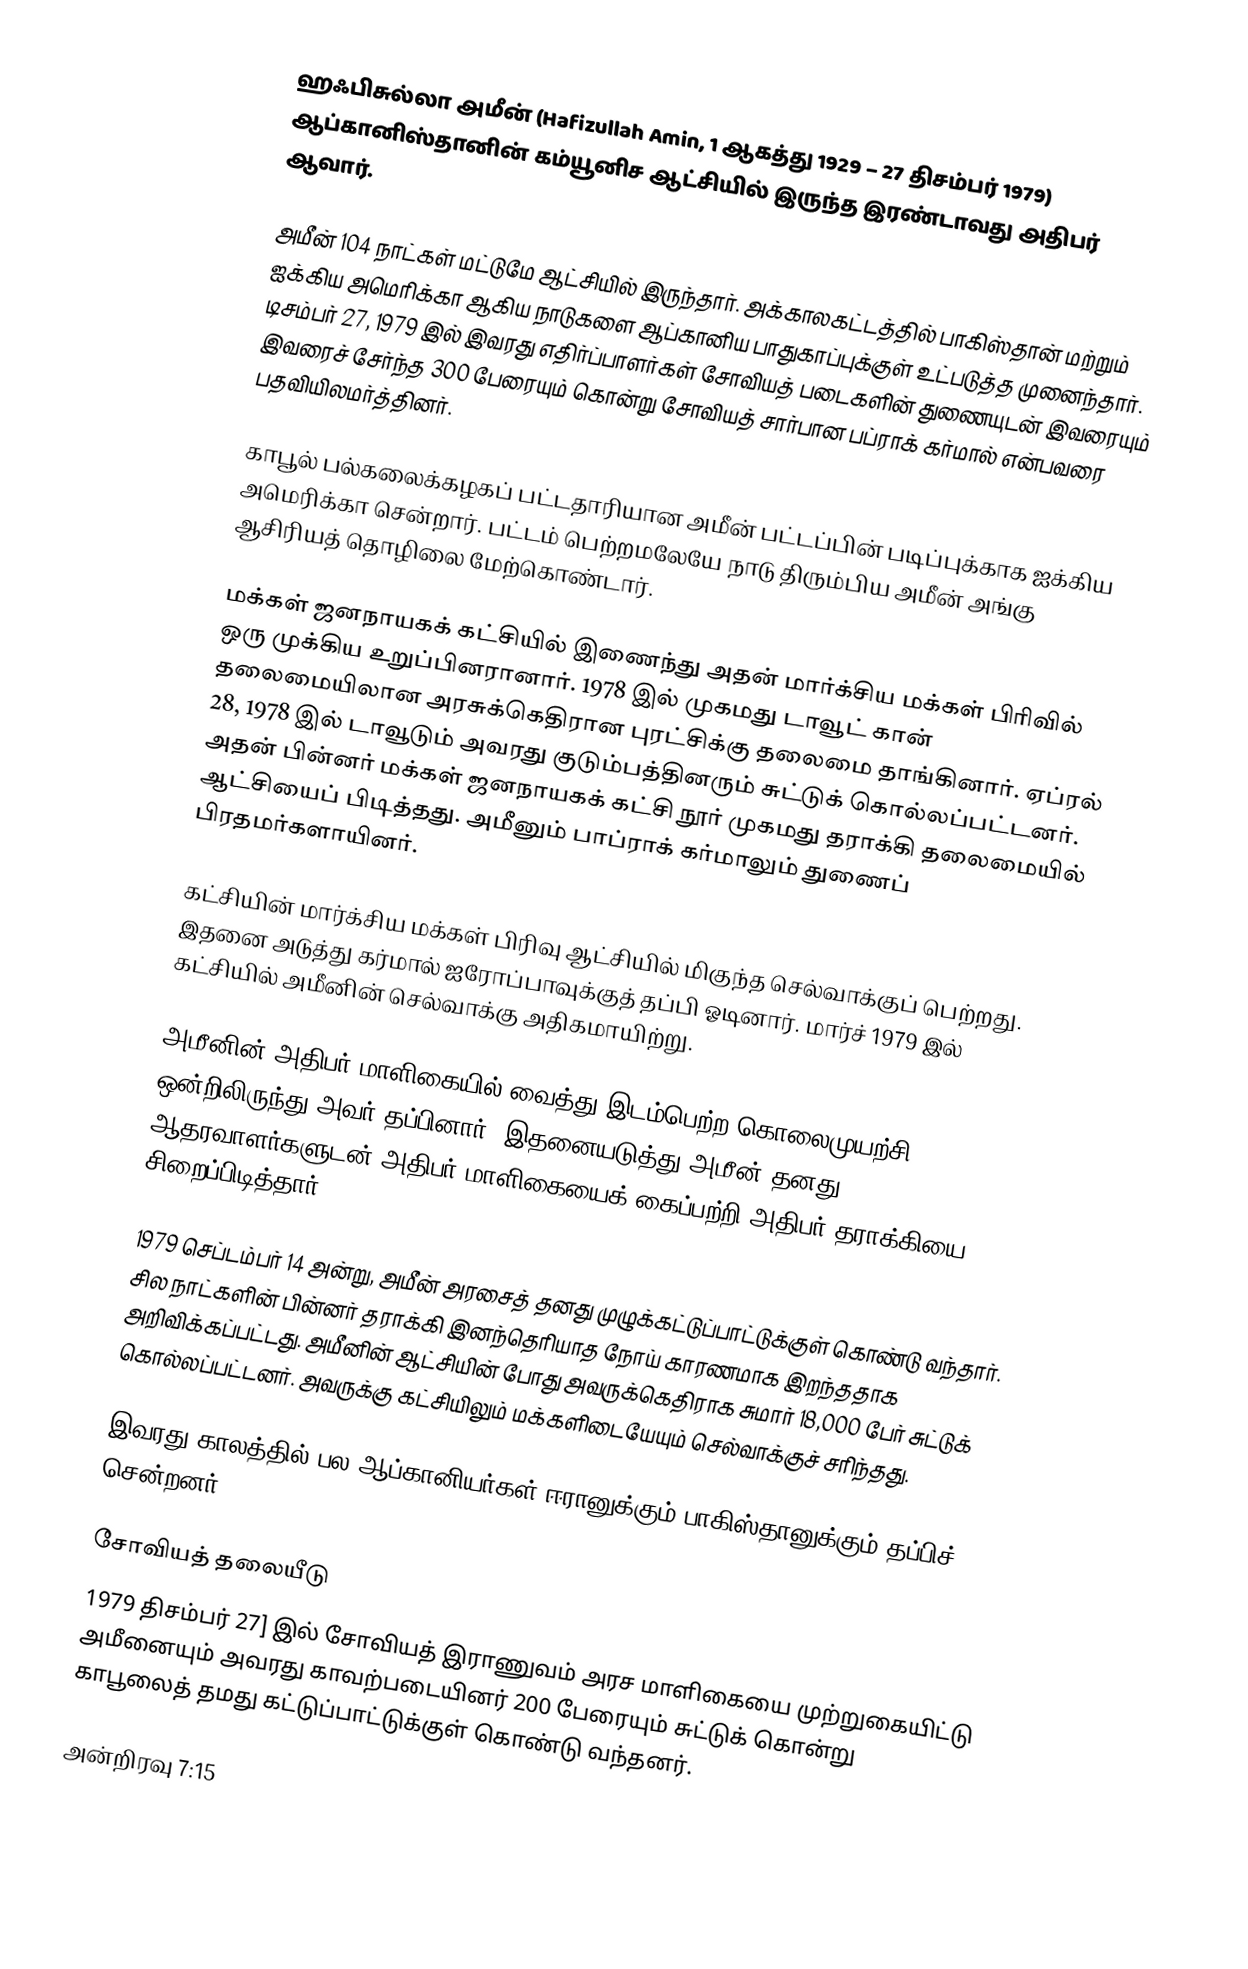
ஹஃபிசுல்லா அமீன் (Hafizullah Amin, 1 ஆகத்து 1929 – 27 திசம்பர் 1979) ஆப்கானிஸ்தானின் கம்யூனிச ஆட்சியில் இருந்த இரண்டாவது அதிபர் ஆவார்.

அமீன் 104 நாட்கள் மட்டுமே ஆட்சியில் இருந்தார். அக்காலகட்டத்தில் பாகிஸ்தான் மற்றும் ஐக்கிய அமெரிக்கா ஆகிய நாடுகளை ஆப்கானிய பாதுகாப்புக்குள் உட்படுத்த முனைந்தார். டிசம்பர் 27, 1979 இல் இவரது எதிர்ப்பாளர்கள் சோவியத் படைகளின் துணையுடன் இவரையும் இவரைச் சேர்ந்த 300 பேரையும் கொன்று சோவியத் சார்பான பப்ராக் கர்மால் என்பவரை பதவியிலமர்த்தினர்.

காபூல் பல்கலைக்கழகப் பட்டதாரியான அமீன் பட்டப்பின் படிப்புக்காக ஐக்கிய அமெரிக்கா சென்றார். பட்டம் பெற்றமலேயே நாடு திரும்பிய அமீன் அங்கு ஆசிரியத் தொழிலை மேற்கொண்டார்.

மக்கள் ஜனநாயகக் கட்சியில் இணைந்து அதன் மார்க்சிய மக்கள் பிரிவில் ஒரு முக்கிய உறுப்பினரானார். 1978 இல் முகமது டாவூட் கான் தலைமையிலான அரசுக்கெதிரான புரட்சிக்கு தலைமை தாங்கினார். ஏப்ரல் 28, 1978 இல் டாவூடும் அவரது குடும்பத்தினரும் சுட்டுக் கொல்லப்பட்டனர். அதன் பின்னர் மக்கள் ஜனநாயகக் கட்சி நூர் முகமது தராக்கி தலைமையில் ஆட்சியைப் பிடித்தது. அமீனும் பாப்ராக் கர்மாலும் துணைப் பிரதமர்களாயினர்.

கட்சியின் மார்க்சிய மக்கள் பிரிவு ஆட்சியில் மிகுந்த செல்வாக்குப் பெற்றது. இதனை அடுத்து கர்மால் ஐரோப்பாவுக்குத் தப்பி ஓடினார். மார்ச் 1979 இல் கட்சியில் அமீனின் செல்வாக்கு அதிகமாயிற்று.

அமீனின் அதிபர் மாளிகையில் வைத்து இடம்பெற்ற கொலைமுயற்சி ஒன்றிலிருந்து அவர் தப்பினார். இதனையடுத்து அமீன் தனது ஆதரவாளர்களுடன் அதிபர் மாளிகையைக் கைப்பற்றி அதிபர் தராக்கியை சிறைப்பிடித்தார்.

1979 செப்டம்பர் 14 அன்று, அமீன் அரசைத் தனது முழுக்கட்டுப்பாட்டுக்குள் கொண்டு வந்தார். சில நாட்களின் பின்னர் தராக்கி இனந்தெரியாத நோய் காரணமாக இறந்ததாக அறிவிக்கப்பட்டது. அமீனின் ஆட்சியின் போது அவருக்கெதிராக சுமார் 18,000 பேர் சுட்டுக் கொல்லப்பட்டனர். அவருக்கு கட்சியிலும் மக்களிடையேயும் செல்வாக்குச் சரிந்தது.

இவரது காலத்தில் பல ஆப்கானியர்கள் ஈரானுக்கும் பாகிஸ்தானுக்கும் தப்பிச் சென்றனர்.

சோவியத் தலையீடு
1979 திசம்பர் 27] இல் சோவியத் இராணுவம் அரச மாளிகையை முற்றுகையிட்டு அமீனையும் அவரது காவற்படையினர் 200 பேரையும் சுட்டுக் கொன்று காபூலைத் தமது கட்டுப்பாட்டுக்குள் கொண்டு வந்தனர்.

அன்றிரவு 7:15